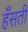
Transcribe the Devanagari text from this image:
हँसती